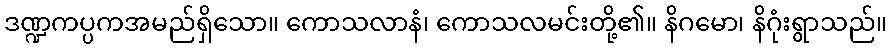
ဒဏ္ဍကပ္ပကအမည်ရှိသော။ ကောသလာနံ၊ ကောသလမင်းတို့၏။ နိဂမော၊ နိဂုံးရွာသည်။